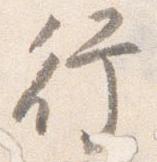
行